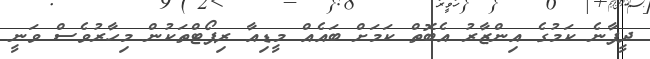
ދީފާނެ ކަމުގެ އިންޒާރު އެބޮތް ކަމަށް ބައެއް މީޑިއާ ރިޕޯޓްތަކުން މިހާރުވެސް ވަނީ